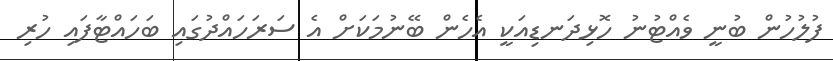
ފުލުހުން ބުނީ ވެއްޓުނު ހޮޅިދަނޑިއަކީ އެހެން ބޭނުމަކަށް އެ ސަރަހައްދުގައި ބަހައްޓާފައި ހުރި